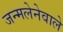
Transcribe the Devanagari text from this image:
जन्मलेनेवाले